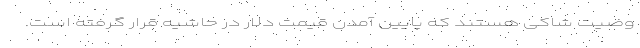
وضیت شاکی هستند که پایین آمدن قیمت دلار در حاشیه قرار گرفته است.